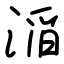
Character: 㴞